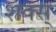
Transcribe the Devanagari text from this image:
शक्स्